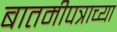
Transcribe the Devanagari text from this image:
बातमीपत्राच्या